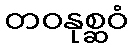
တဝနုစ္ဆဝံ